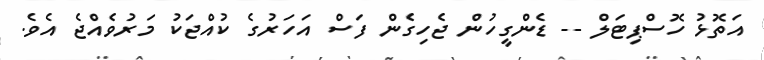
އަތޮޅު ހޮސްޕިޓަލް -- ޑެންގީހުން ޖެހިގެން ފަސް އަހަރުގެ ކުއްޖަކު މަރުވެއްޖެ އެވެ.